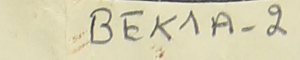
BEK1A-2